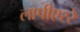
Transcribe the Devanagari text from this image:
लापीएररे